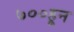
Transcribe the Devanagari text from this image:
७००हून